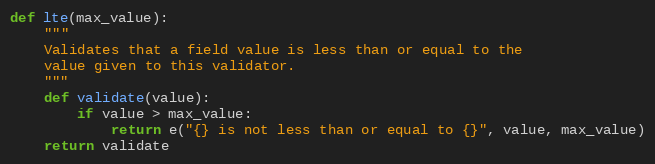
Language: Python
def lte(max_value):
    """
    Validates that a field value is less than or equal to the
    value given to this validator.
    """
    def validate(value):
        if value > max_value:
            return e("{} is not less than or equal to {}", value, max_value)
    return validate